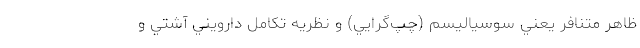
ظاهر متنافر يعني سوسیالیسم (چپ‌گرايي) و نظريه تكامل دارويني آشتي و